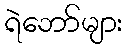
ရဲဘော်များ